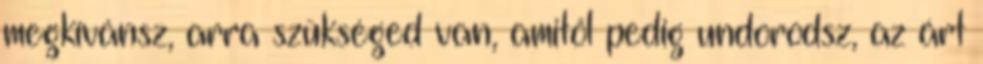
megkívánsz, arra szükséged van, amitől pedig undorodsz, az árt